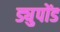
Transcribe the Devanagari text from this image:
ड्युपोंड